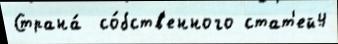
Страна́  со́бств'енного стат'ей4